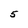
Character: 5